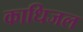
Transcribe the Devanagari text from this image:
काधिजल